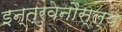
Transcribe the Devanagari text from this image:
इन्त्रवेनौस्ल्य